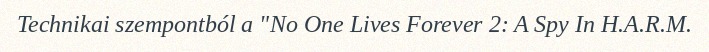
Technikai szempontból a "No One Lives Forever 2: A Spy In H.A.R.M.